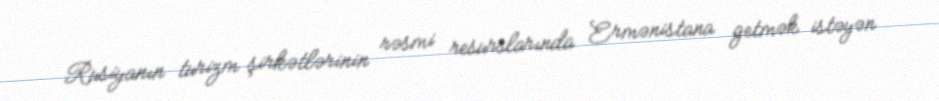
Rusiyanın turizm şirkətlərinin rəsmi resurslarında Ermənistana getmək istəyən